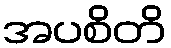
အပစိတိ